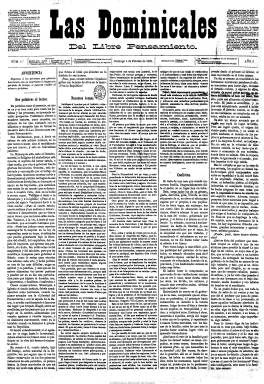
Título: Las Dominicales del libre pensamiento
Otros títulos: Dominicales, 1901-
Colección: Periódicos
Ámbito geográfico: Madrid
Lugar de publicación: Madrid
Fechas: 04/02/1883-27/08/1909

Semanario en el que se aglutinan las diferentes tendencias heterodoxas de la España de finales del siglo diecinueve y principios del veinte del movimiento librepesandor y racionalista que nace en Francia a mediados de la primera centuria citada y que había tenido sus primeras manifestaciones periodísticas durante el sexenio democrático. Aboga por el libre examen, el liberalismo, la cuestión ultramarina, el feminismo, el divorcio, el cuestionamiento de la pena de muerte, el naturalismo y el estudio de las humanidades y la historia de las religiones. Opuesto a los dogmas católicos, con una fuerte carga anticlerical, por lo que encontró una contestación radical desde las instituciones oficiales y los órganos de prensa de las autoridades eclesiásticas españolas. Muestra sus simpatías con la masonería, el espiritismo y la teosofía. También con la Institución Libre de Enseñanza, la Asociación por la Enseñanza de la Mujer, la Sociedad Protectora de los Niños y anima, entre otras expresiones culturales, el resurgimiento de la cultura sefardí en España.

Inseparable del republicanismo y buscando la alianza con las clases trabajadoras, sus directores fueron el republicano federal Ramón Chíes Gómez (utiliza el seudónimo Eduardo de Riofranco) y Fernando Lozano Montes (con el seudónimo Demófilo) y, por último, Antonio Zozaya. Colaboran en sus páginas lo más granado del republicanismo español: Francisco Pi y Margall, José Francos Rodríguez, Emilio Castelar, Antonio García Vao, Rosario de Acuña y Villanueva, Esperanza Pérez, Amelia Carvia, Odón de Buen, Miguel Morayta, Eduardo Sojo, Salvador Sellés, Joaquín Dicenta, M. Curros Rodríguez, Eduardo Zamacois, Pedro Barrantes o José de Diego.

La publicación obtuvo un gran prestigio y difusión, y sus noticias y sueltos fueron redactados por numerosos corresponsales en las provincias españolas y en el extranjero, de tal forma que, en 1902 se convirtió en órgano de la Federación Internacional de Libre Pensamiento en España, Portugal y América Iberia.

Aparecía los domingos en gran formato y apretados textos, con artículos de fondo sobre temas de política, cultura, literatura, teatro, etc., en números de cuatro páginas, desde el primero, el cuatro de febrero de 1883, hasta 1909.